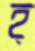
হ্